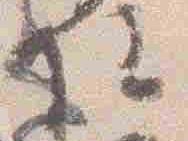
院